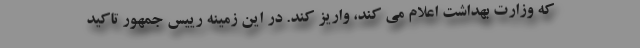
که وزارت بهداشت اعلام می کند، واریز کند. در این زمینه رییس جمهور تاکید